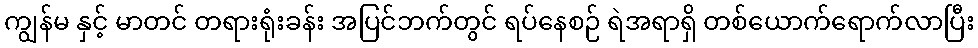
ကျွန်မ နှင့် မာတင် တရားရုံးခန်း အပြင်ဘက်တွင် ရပ်နေစဉ် ရဲအရာရှိ တစ်ယောက်ရောက်လာပြီး